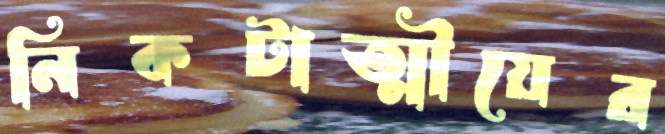
নিকটাত্মীয়ের